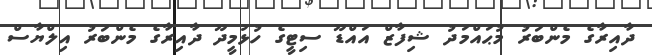
ދާއިރާގެ މެންބަރު މުޙައްމަދު ޝިފާޒް އައްޑޫ ސިޓީގެ ހުޅުމީދޫ ދާއިރާގެ މެންބަރު އިލްޔާސް